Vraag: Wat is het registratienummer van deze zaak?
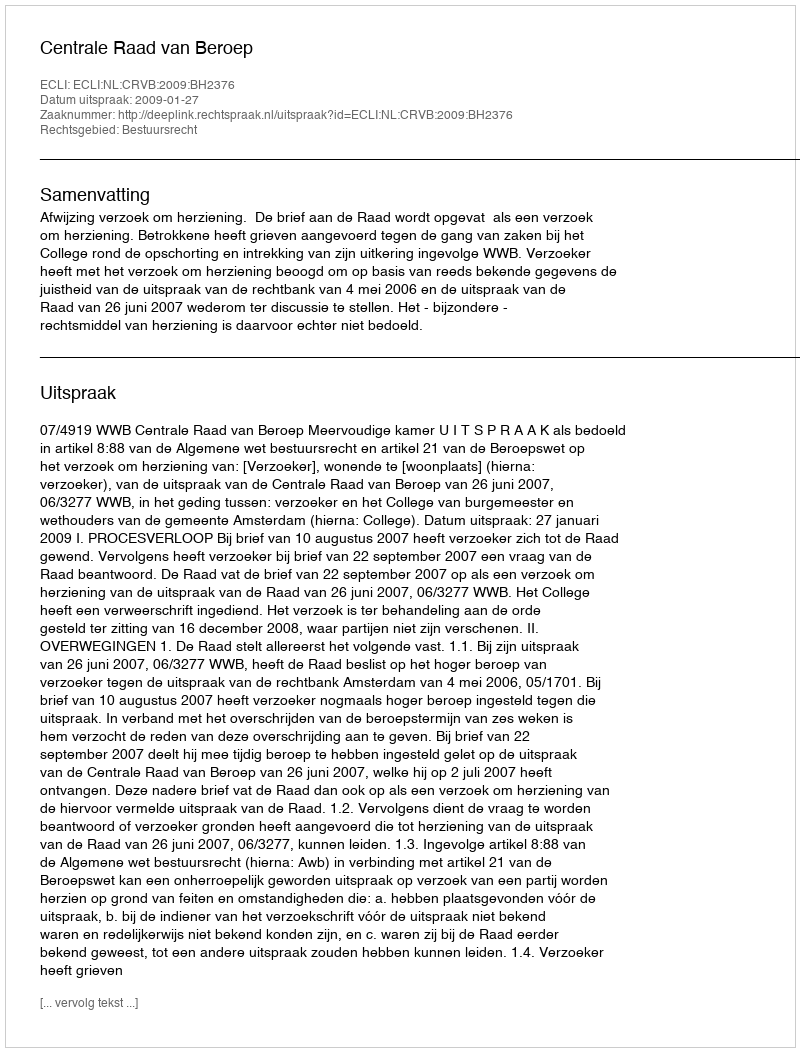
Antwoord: http://deeplink.rechtspraak.nl/uitspraak?id=ECLI:NL:CRVB:2009:BH2376